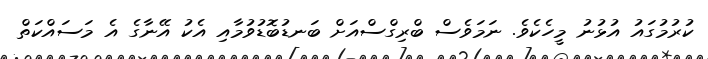
ކުރުމުގައު އުޅުނު މީހެކެވެ. ނަމަވެސް ބްރިގްސްއަށް ބަނޑުބޮޑުވުމާއި އެކު އޭނާގެ އެ މަސައްކަތް